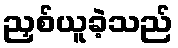
ညှစ်ယူခဲ့သည်